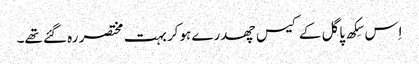
اِس سِکھ پاگل کے کیس چھدرے ہوکر بہت مختصر رہ گئے تھے۔